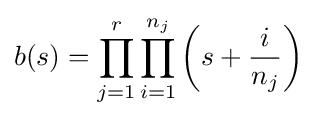
b(s)=\prod _{j=1}^{r}\prod _{i=1}^{n_{j}}\left(s+{\frac {i}{n_{j}}}\right)